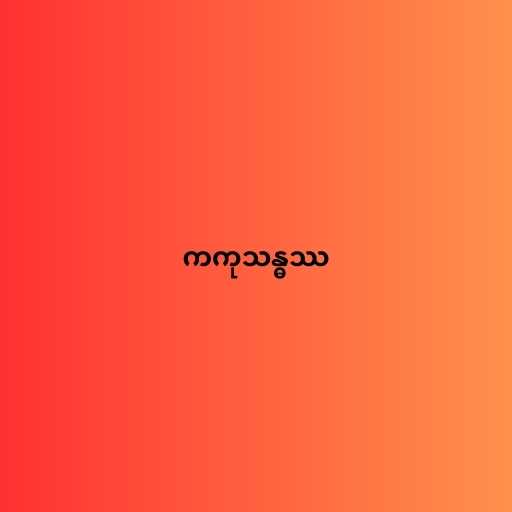
ကကုသန္ဓဿ